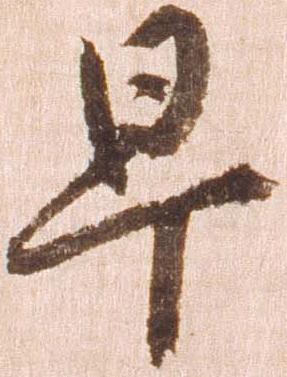
早